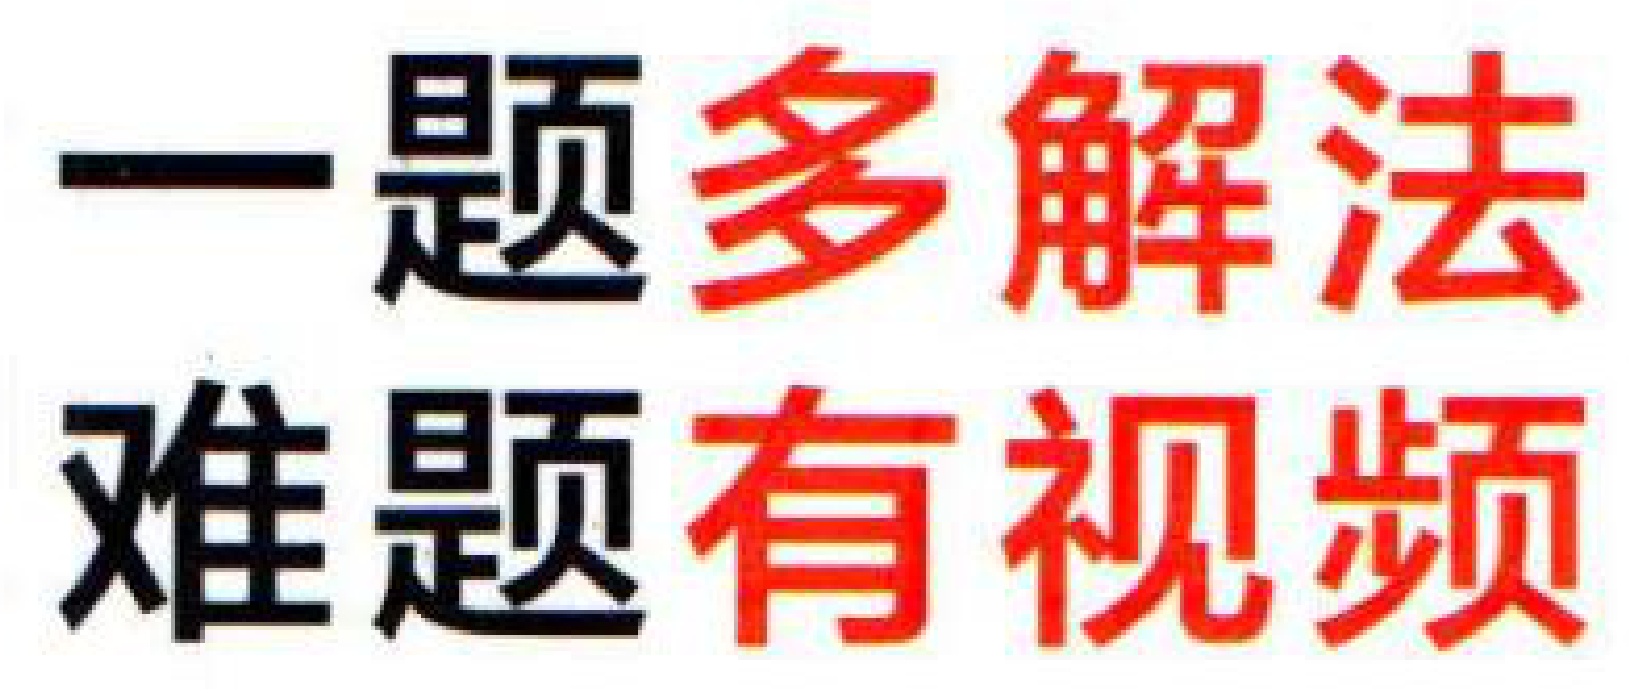
一题多解法
难题有视频